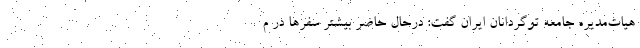
هیات‌مدیره جامعه توگردانان ایران گفت: درحال حاضر بیشتر سفرها در م